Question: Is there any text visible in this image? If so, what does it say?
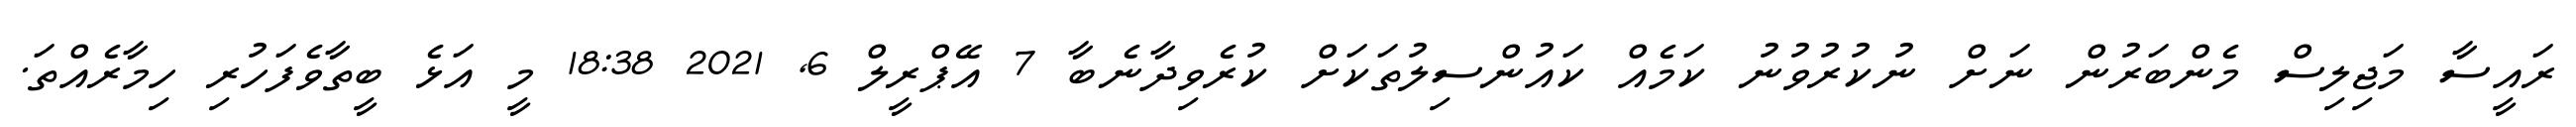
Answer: ރައީސާ މަޖިލިސް މެންބަރުން ނަށް ނުކުރުވުނު ކަމެއް ކައުންސިލުތަކަށް ކުރެވިދާނެބާ 7 އޭޕްރީލް 6, 2021 18:38 މީ އަޅެ ބީތާވެފަހުރި ހިމާރެއްތަ.